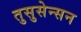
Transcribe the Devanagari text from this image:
तुसुसेन्सन